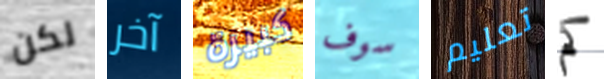
لكن آخر كبيرة سوف تعليم كم